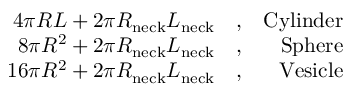
\begin{array} { r l r } { 4 \pi R L + 2 \pi R _ { \mathrm { n e c k } } L _ { \mathrm { n e c k } } } & { , } & { \mathrm { C y l i n d e r } } \\ { 8 \pi R ^ { 2 } + 2 \pi R _ { \mathrm { n e c k } } L _ { \mathrm { n e c k } } } & { , } & { \mathrm { S p h e r e } } \\ { 1 6 \pi R ^ { 2 } + 2 \pi R _ { \mathrm { n e c k } } L _ { \mathrm { n e c k } } } & { , } & { \mathrm { V e s i c l e } } \end{array}